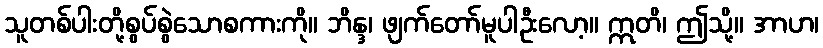
သူတစ်ပါးတို့စွပ်စွဲသောစကားကို။ ဘိန္ဒ၊ ဖျက်တော်မူပါဦးလော့။ ဣတိ၊ ဤသို့။ အာဟ၊